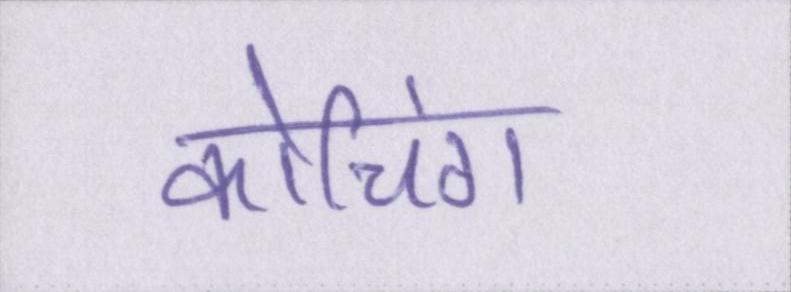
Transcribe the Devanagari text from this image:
कोचिंग